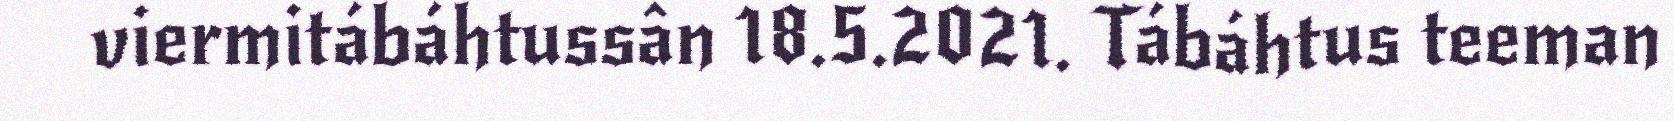
viermitábáhtussân 18.5.2021. Tábáhtus teeman